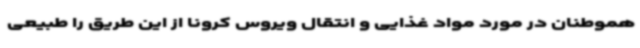
هموطنان در مورد مواد غذایی و انتقال ویروس کرونا از این طریق را طبیعی